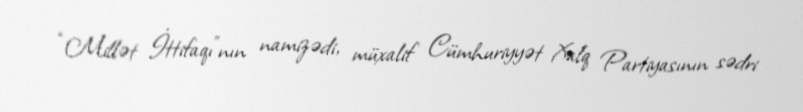
“Millət İttifaqı”nın namizədi, müxalif Cümhuriyyət Xalq Partiyasının sədri